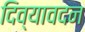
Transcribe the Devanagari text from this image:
दिव्‍यावदन